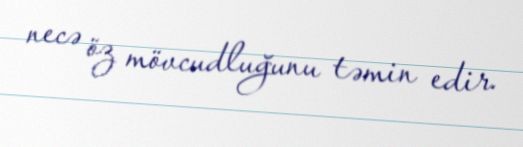
necə öz mövcudluğunu təmin edir.